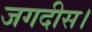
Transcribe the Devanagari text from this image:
जगदीस।